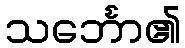
သင်္ဘော၏